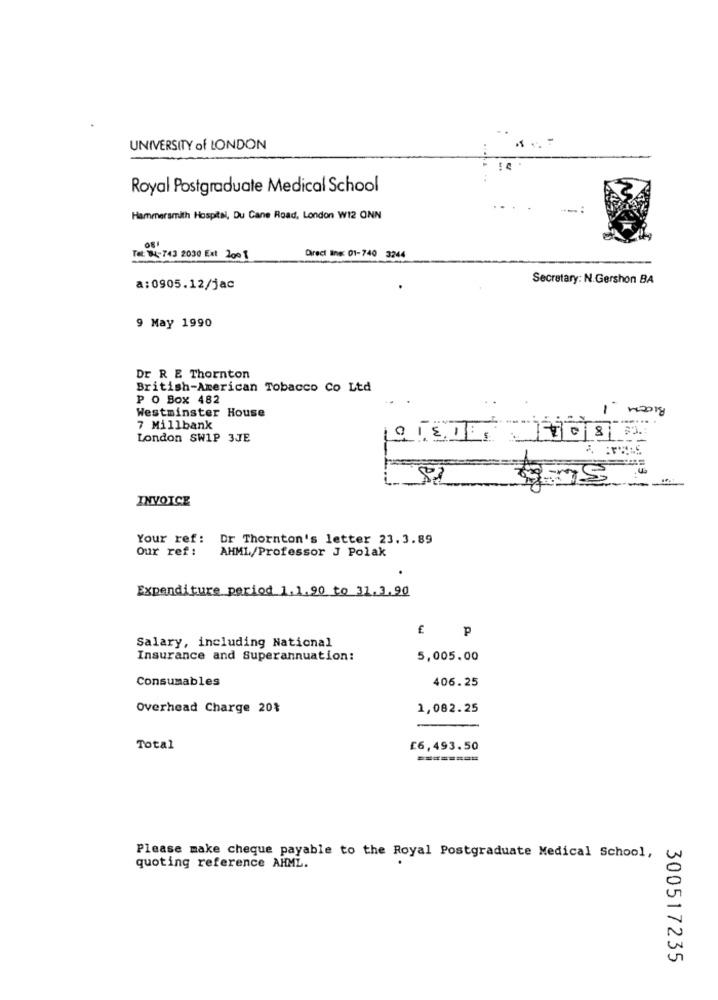
UNIVERSITY of LONDON
Royal Postgraduate Medical School
Hammersmith Hospital, Du Cane Road, London W12 ONN
081
Tel: 01-743 2030 Ext 2008
Direct line: 01-740 3244
Secretary: N.Gershon BA
a:0905.12/jac
9 May 1990
Dr R E Thornton
British-American Tobacco Co Ltd
P O Box 482
BICEM
Westminster House
7 Millbank
London SW1P 3JE
01.5.1
INVOICE
Your ref:
Dr Thornton's letter 23.3.89
Our ref :
AHML/Professor J Polak
Expenditure period 1.1.90 to 31.3.90
£ p
Salary, including National
Insurance and Superannuation:
5,005.00
Consumables
406.25
Overhead Charge 20%
1,082.25
Total
£6,493.50
========
Please make cheque payable to the Royal Postgraduate Medical School,
quoting reference AHML.
300517235